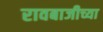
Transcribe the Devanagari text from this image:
रावबाजीच्या